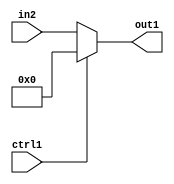
`timescale 1ps / 1ps
/*****************************************************************************
    Verilog RTL Description
    
    Generated at: 23:11:54 CST (+0800), Saturday 16 November 2019
    Generated on: ic58.cs.nthu.edu.tw
    Generated by: mc03 ()
    
    Created by: Stratus DpOpt 2017.1.02 
    Copyright (c) 2014-2015 Cadence Design Systems. All rights reserved worldwide.
    
    Cadence Design Systems proprietary and confidential
    ===================================================
    
    May contain information that incorporates Cadence Design Systems CellMath
    and other inventions claimed in Pending U.S. Patents.
    
    May contain Cadence Design Systems Trade Secrets of which use, disclosure or
    reproduction is contractually restricted or prohibited.  For more
    information, contact your legal department before any use, disclosure or
    reproduction.
*******************************************************************************/

module SobelFilter_N_Mux_8_2_2_4 (
	in2,
	ctrl1,
	out1
	); /* architecture "behavioural" */ 
input [7:0] in2;
input  ctrl1;
output [7:0] out1;
wire [7:0] asc001;

reg [7:0] asc001_tmp_0;
assign asc001 = asc001_tmp_0;
always @ (ctrl1 or in2) begin
	case (ctrl1)
		1'B1 : asc001_tmp_0 = 8'B00000000 ;
		default : asc001_tmp_0 = in2 ;
	endcase
end

assign out1 = asc001;
endmodule

/* CADENCE  uLT1Tg8= : u9/ySgnYtBlWxVDRUQkU4ug= ** DO NOT EDIT THIS LINE ******/